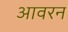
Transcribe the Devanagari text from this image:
आवरन